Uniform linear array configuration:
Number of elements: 64
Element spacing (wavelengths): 0.25
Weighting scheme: blackman
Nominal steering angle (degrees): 0
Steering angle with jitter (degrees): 1.665
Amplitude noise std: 0.05
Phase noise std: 0.05

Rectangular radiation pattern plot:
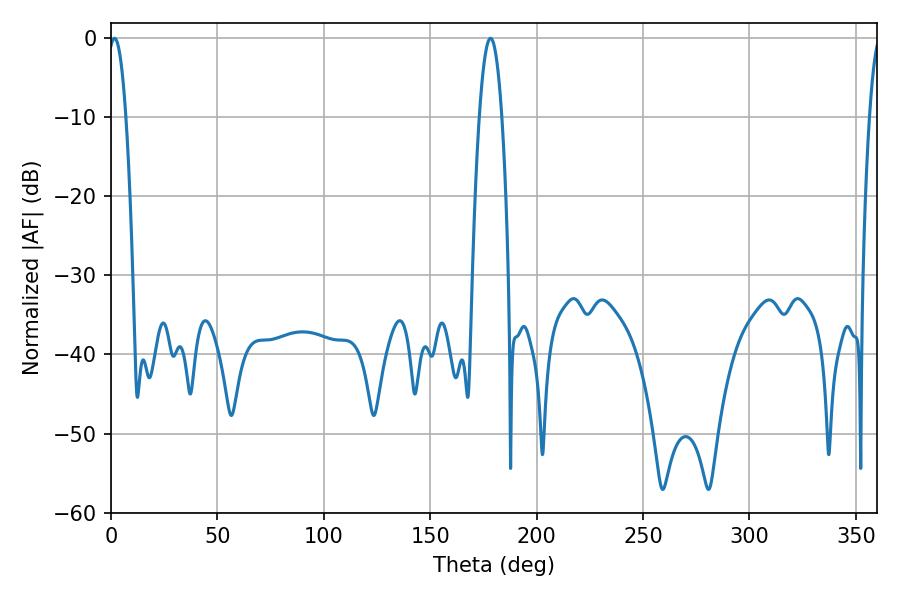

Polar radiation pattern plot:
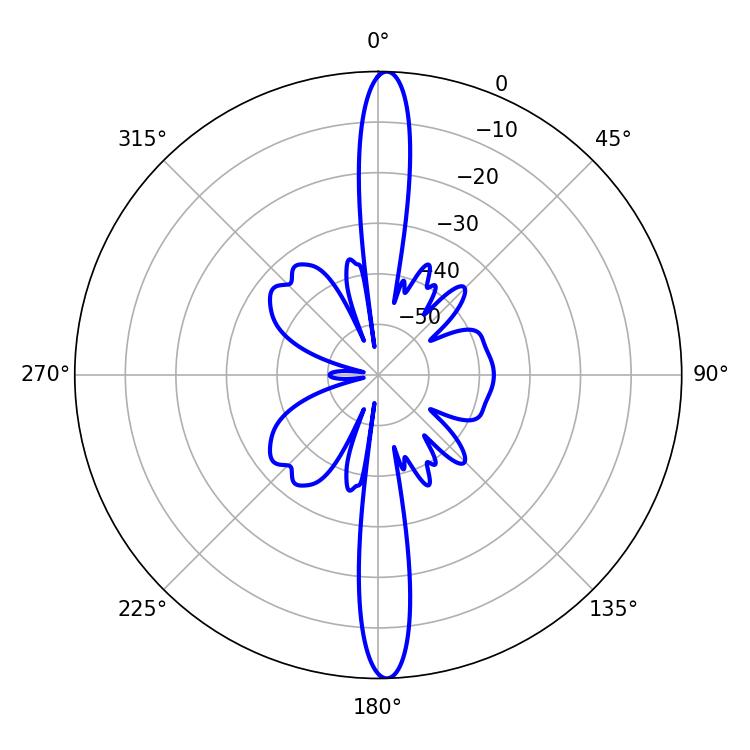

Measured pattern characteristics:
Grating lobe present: FALSE
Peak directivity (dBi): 25.036
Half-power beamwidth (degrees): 5.76
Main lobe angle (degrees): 178.38